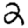
Digit: 2